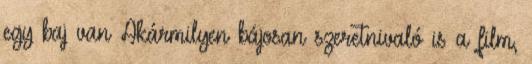
egy baj van Akármilyen bájosan szeretnivaló is a film,